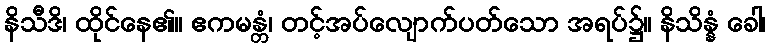
နိသီဒိ၊ ထိုင်နေ၏။ ဧကမန္တံ၊ တင့်အပ်လျောက်ပတ်သော အရပ်၌။ နိသိန္နံ ခေါ၊